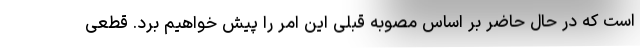
است که در حال حاضر بر اساس مصوبه قبلی این امر را پیش خواهیم برد. قطعی